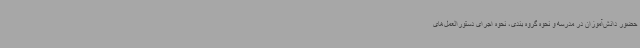
حضور دانش‌آموزان در مدرسه و نحوه گروه بندی، نحوه اجرای دستورالعمل‌های